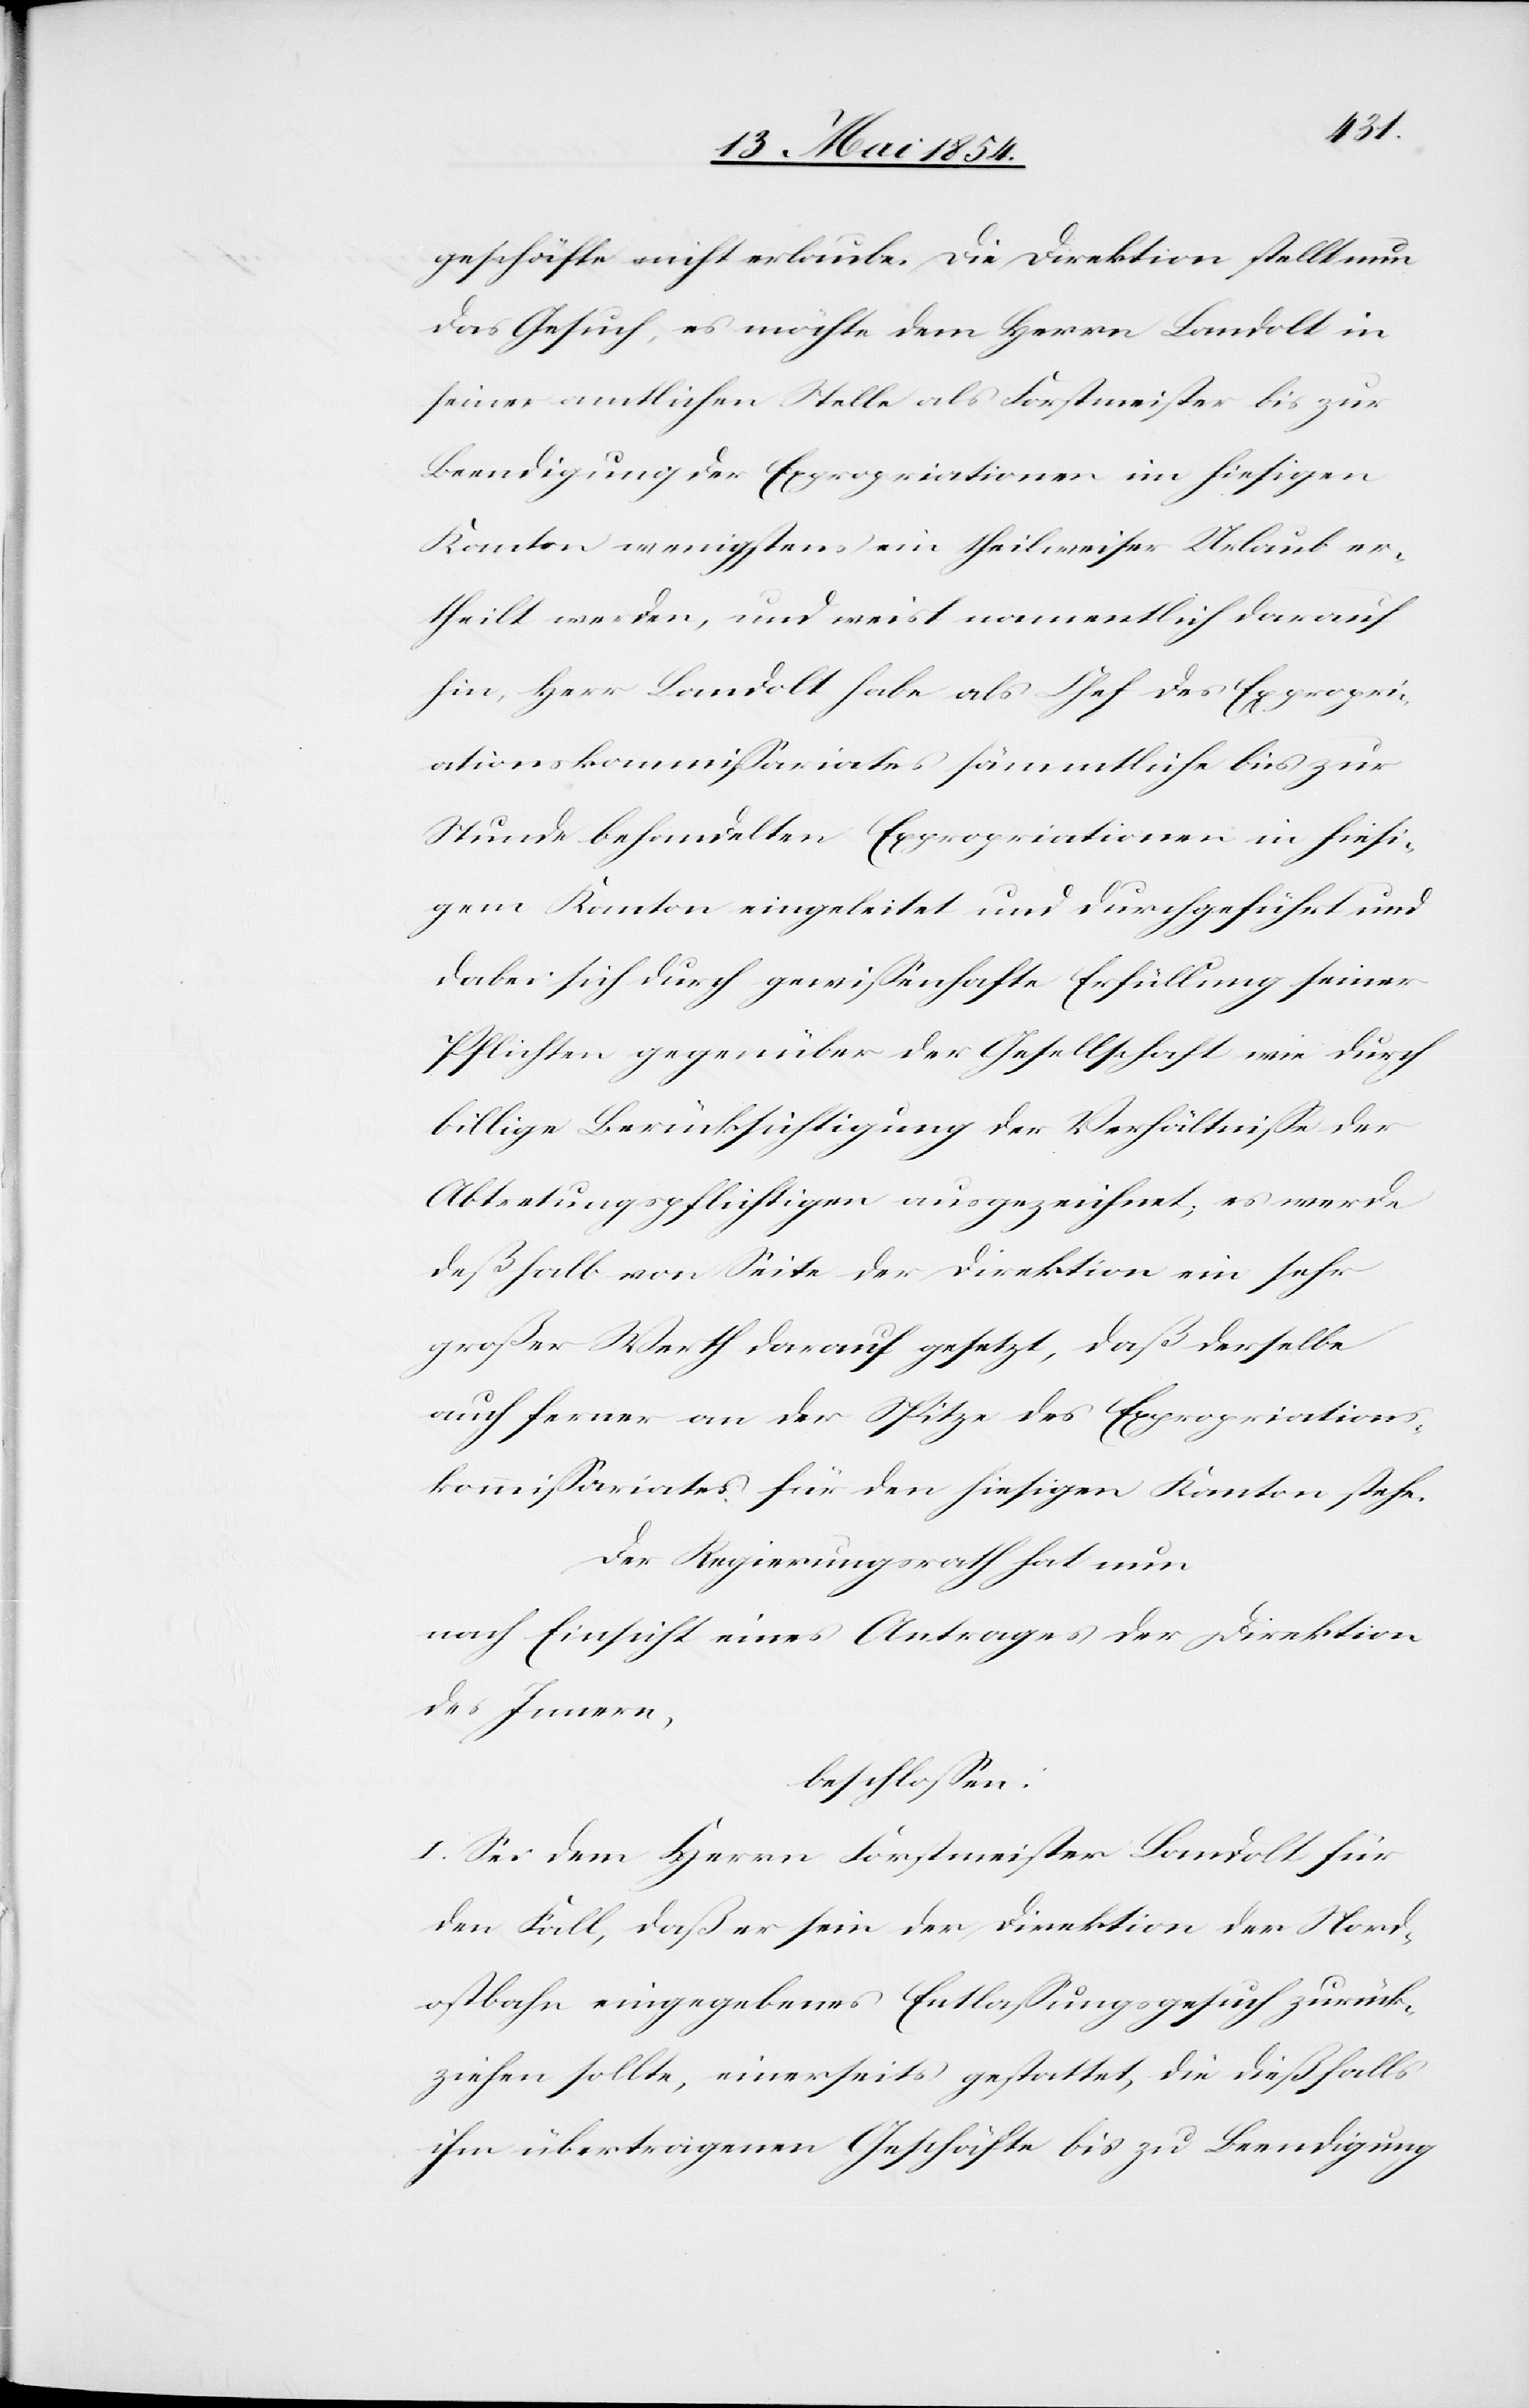
geschäfte nicht erlaube. Die Direktion stellt nun
das Gesuch, es möchte dem Herrn Landolt in
seiner amtlichen Stelle als Forstmeister bis zur
Beendigung der Expropriationen im hiesigen
Kanton wenigstens ein theilweiser Urlaub er¬
theilt werden, und weist namentlich drauf
hin, Herr Landolt habe als Chef des Expropri¬
ationskommißariates sämmtliche bis zur
Stunde behandelten Expropriationen in hiesi¬
gem Kanton eingeleitet und durchgeführt und
dabei sich durch gewißenhafte Erfüllung seiner
Pflichten gegenüber der Gesellschaft wie durch
billige Berücksichtigung der Verhältniße der
Abtretungspflichtigen ausgezeichnet; es werde
deßhalb von Seite der Direktion ein sehr
großer Werth darauf gesetzt, daß derselbe
auch ferner an der Spitze des Expropriations¬
kommißariates für den hiesigen Kanton stehe.
Der Regierungsrath hat nun
nach Einsicht eines Antrages der Direktion
des Innern,
beschloßen:
I. Sei dem Herrn Forstmeister Landolt für
den Fall, daß er sein der Direktion der Nord¬
ostbahn eingegebenes Entlaßungsgesuch zurück¬
ziehen sollte, einerseits gestattet, die dießfalls
ihm übertragenen Geschäfte bis zu Beendigung